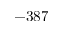
- 3 8 7